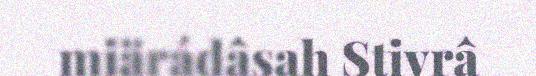
miärádâsah Stivrâ